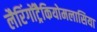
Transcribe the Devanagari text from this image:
लैरिंगोंट्रैकियोमलासिया